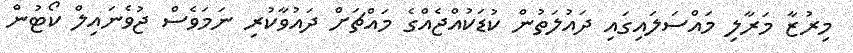
މިރުޒާ މަރާލި މައްސަލައިގައި ދައުލަތުން ކުޑަކުއްޖެއްގެ މައްޗަށް ދައުވާކުރި ނަމަވެސް ޖުވެނައިލް ކޯޓުން